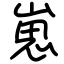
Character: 崽